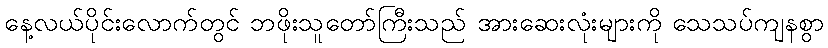
နေ့လယ်ပိုင်းလောက်တွင် ဘဖိုးသူတော်ကြီးသည် အားဆေးလုံးများကို သေသပ်ကျနစွာ